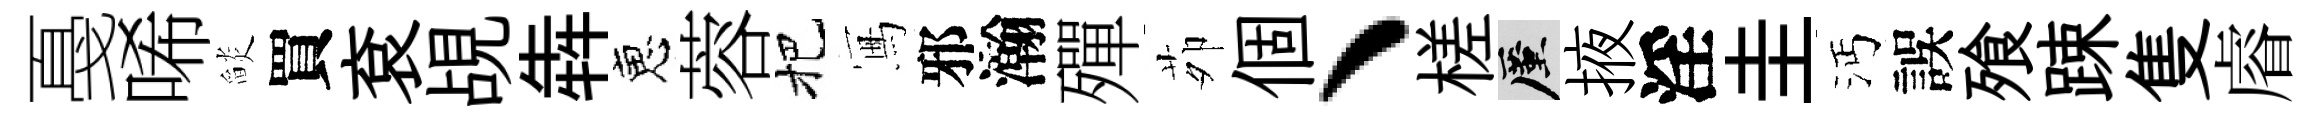
戞唏𦦨買袞覘犇恵蓉把冩邪瀚殫茆個、槎厪掖淫圭沔誤飱踈隻𥈠